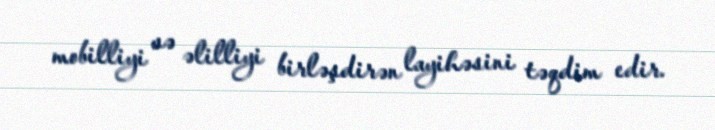
mobilliyi və əlilliyi birləşdirən layihəsini təqdim edir.